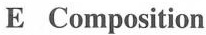
E Composition